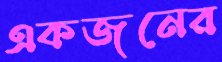
একজনের